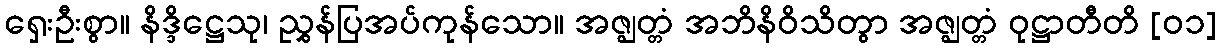
ရှေးဦးစွာ။ နိဒ္ဒိဋ္ဌေသု၊ ညွှန်ပြအပ်ကုန်သော။ အဇ္ဈတ္တံ အဘိနိဝိသိတွာ အဇ္ဈတ္တံ ဝုဋ္ဌာတီတိ [၀၁]